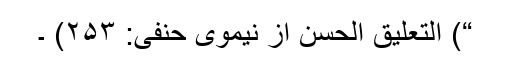
“) التعلیق الحسن از نیموی حنفی: ۲۵۳) ۔